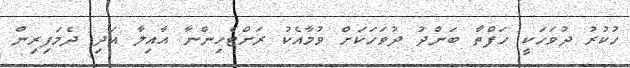
ހުކުރު ދުވަހަކީ ހަފްތާ ބަންދު ދުވަހަކަށް ވުމާއެކު ރަށްޓެހިންނާ އާއިލާ އަދި ދެމަފިރިން